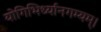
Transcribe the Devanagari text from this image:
योगिभिर्ध्यानगम्यम्।